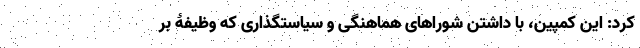
کرد: این کمپین، با داشتن شوراهای هماهنگی و سیاستگذاری که وظیفۀ بر